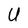
Character: U